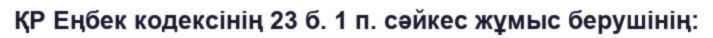
ҚР Еңбек кодексінің 23 б. 1 п. сәйкес жұмыс берушінің: